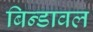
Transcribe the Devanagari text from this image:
बिन्डावल